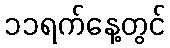
၁၁ရက်နေ့တွင်